Vaccination in Bombay 1913-1923 - 1913-1923
Year: 1913
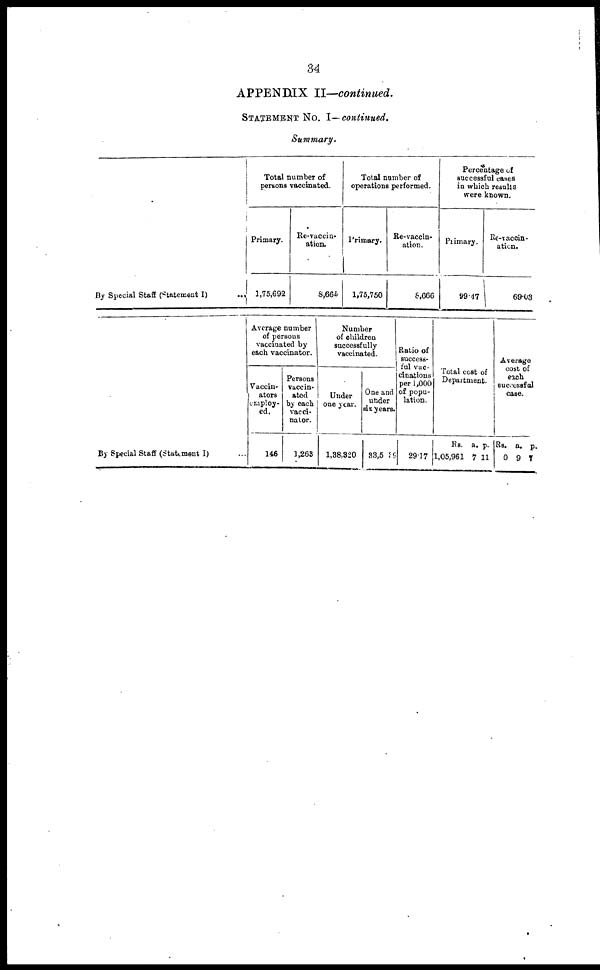
34
APPENDIX II—continued.
STATEMENT No. I—continued.
Summary.
By Special Staff (Statement I)
Total number of
persons vaccinated.
Primary.
1,75,692
Re-vaccin-
ation.
8,666
Total number of
operations performed.
Primary.
1,75,750
Re-vaccin-
ation.
5,666
Percentage of
successful cases
in which results
were known.
Primary.
99.47
Re-vaccin¬
ation.
69.03
By Special Staff (Statement I) ...
Average number
of persons
vaccinated by
each vaccinator.
Vaccin¬
ators
employ-
ed.
146
Persons
vaccin-
ated
by each
vacci-
nator.
1,263
Number
of children
successfully
vaccinated.
Under
one year.
1,38,820
One and
under
six years.
33,5099
Ratio of
success-
ful vac-
cinations
per 1,000
of popu-
lation.
29.17
Total cost of
Department.
Rs.
1,05,961
a.
7
p.
11
Average
cost of
each
successful
case.
Rs.
0
a.
9
p.
7